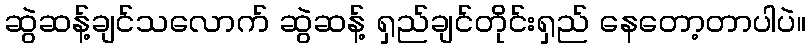
ဆွဲဆန့်ချင်သလောက် ဆွဲဆန့် ရှည်ချင်တိုင်းရှည် နေတော့တာပါပဲ။